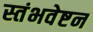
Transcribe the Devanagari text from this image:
स्तंभवेष्टन